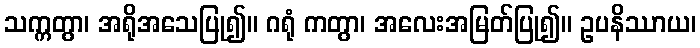
သက္ကတွာ၊ အရိုအသေပြု၍။ ဂရုံ ကတွာ၊ အလေးအမြတ်ပြု၍။ ဥပနိဿာယ၊